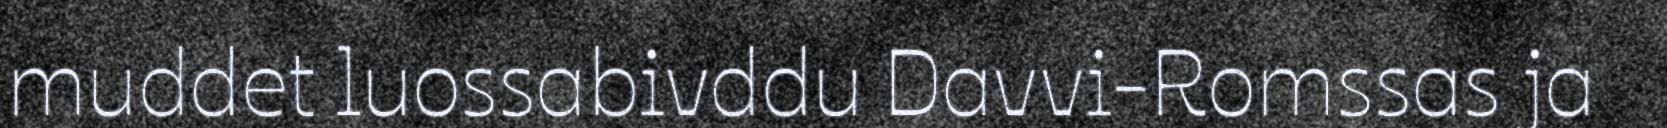
muddet luossabivddu Davvi-Romssas ja